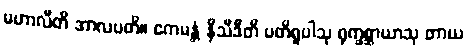
မဟာလီတိ အာလပတိ။ ဧကမန္တံ နိသီဒီတိ ပတိရူပါသု ရုက္ခစ္ဆာယာသု တာယ